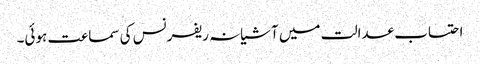
احتساب عدالت میں آشیانہ ریفرنس کی سماعت ہوئی۔